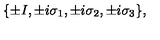
\{ \pm I , \pm i \sigma _ { 1 } , \pm i \sigma _ { 2 } , \pm i \sigma _ { 3 } \} ,